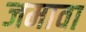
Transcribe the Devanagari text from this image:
जमावा